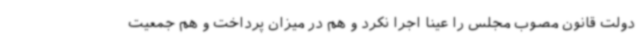
دولت قانون مصوب مجلس را عینا اجرا نکرد و هم در میزان پرداخت و هم جمعیت